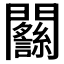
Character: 𨷴